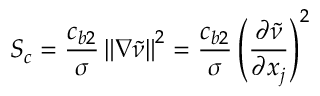
S _ { c } = \frac { c _ { b 2 } } { \sigma } \left\| \nabla \tilde { \nu } \right\| ^ { 2 } = \frac { c _ { b 2 } } { \sigma } \left( \frac { \partial \tilde { \nu } } { \partial x _ { j } } \right) ^ { 2 }